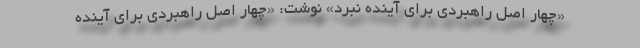
«چهار اصل راهبردی برای آینده نبرد» نوشت: «چهار اصل راهبردی برای آینده